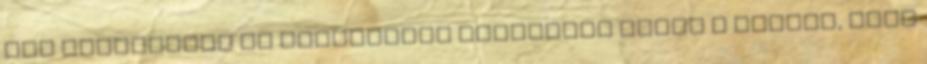
egy ambiciózus és kockázatos projektet azzal a céllal, hogy